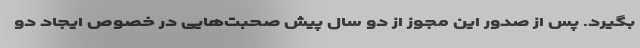
بگیرد. پس از صدور این مجوز از دو سال پیش صحبت‌هایی در خصوص ایجاد دو